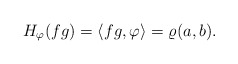
\begin{align*} H_\varphi(fg) = \langle fg,\varphi\rangle = \varrho(a,b).\end{align*}